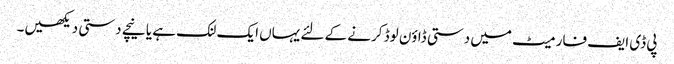
پی ڈی ایف فارمیٹ میں دستی ڈاؤن لوڈ کرنے کے لئے یہاں ایک لنک ہے یا نیچے دستی دیکھیں۔